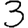
Digit: 3